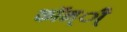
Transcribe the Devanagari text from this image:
कॉन्ी्